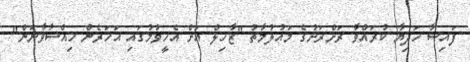
ފައިސާ ހަދިޔާ ކުރައްވާ ރަށްރަށުގެ މައުލުމާތު "ޒާހިލް އަށް އެހީވުމުގައި އަހަރެން ހިއްސާވާނަން"